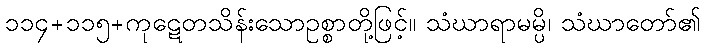
၁၁၄+၁၁၅+ကုဋေတသိန်းသောဥစ္စာတို့ဖြင့်။ သံဃာရာမမ္ပိ၊ သံဃာတော်၏